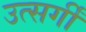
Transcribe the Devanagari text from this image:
उत्सर्गीं